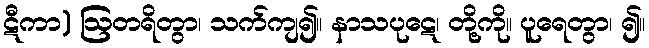
ဋီကာ) ဩတရိတွာ၊ သက်ကျ၍။ နာသပုဋေ၊ တို့ကို။ ပူရေတွာ၊ ၍။